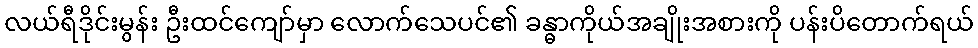
လယ်ရီဒိုင်းမွန်း ဦးထင်ကျော်မှာ လောက်သေပင်၏ ခန္ဓာကိုယ်အချိုးအစားကို ပန်းပိတောက်ရယ်